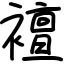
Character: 襢